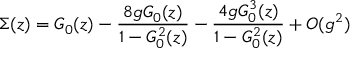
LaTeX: \Sigma ( z ) = G _ { 0 } ( z ) - { \frac { 8 g G _ { 0 } ( z ) } { 1 - G _ { 0 } ^ { 2 } ( z ) } } - { \frac { 4 g G _ { 0 } ^ { 3 } ( z ) } { 1 - G _ { 0 } ^ { 2 } ( z ) } } + O ( g ^ { 2 } )